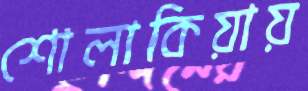
শোলাকিয়ায়